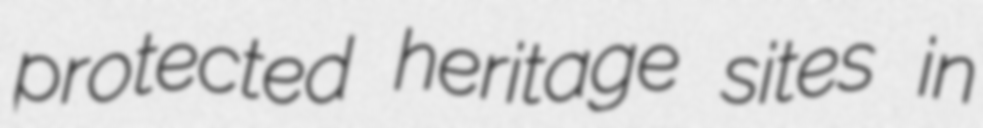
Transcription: protected heritage sites in